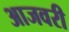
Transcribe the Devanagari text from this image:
आजवरी